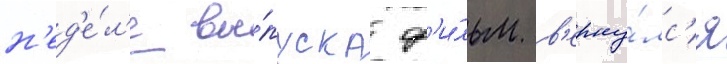
н'ед'е́л'е вы́пуска ф'и́льм в'ерну́лс'я